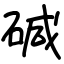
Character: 碱